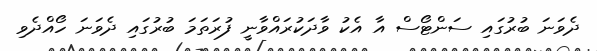
ދެވަނަ ބުރުގައި ސަންޓޯސް އާ އެކު ވާދަކުރައްވާނީ ފުރަތަމަ ބުރުގައި ދެވަނަ ހޯއްދެވި